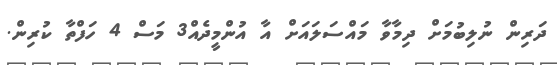
ދަރިން ނުލިބުމަށް ދިމާވާ މައްސަލައަށް އާ އުންމީދެއް3 މަސް 4 ހަފްތާ ކުރިން.